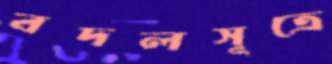
বদলসূত্রে